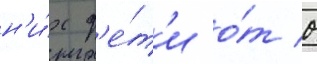
н'и́х д'е́т'и о́т 0